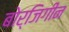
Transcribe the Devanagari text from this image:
बोर्जिगीन